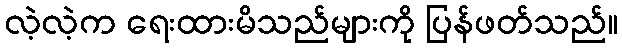
လဲ့လဲ့က ရေးထားမိသည်များကို ပြန်ဖတ်သည်။